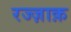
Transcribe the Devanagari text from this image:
रज्ज़ाक़